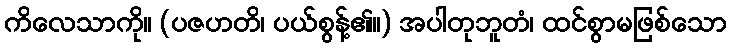
ကိလေသာကို။ (ပဇဟတိ၊ ပယ်စွန့်၏။) အပါတုဘူတံ၊ ထင်စွာမဖြစ်သော